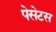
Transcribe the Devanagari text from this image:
पेसेटस